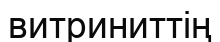
витриниттің